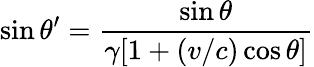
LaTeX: \sin\theta^{\prime}={\frac{\sin\theta}{\gamma[1+(v/c)\cos\theta]}}